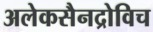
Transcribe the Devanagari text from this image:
अलेकसैनद्रोविच